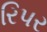
રિપર